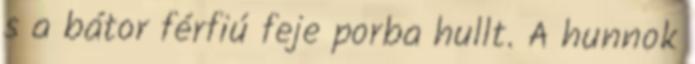
s a bátor férfiú feje porba hullt. A hunnok